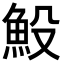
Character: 𩵤